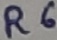
Text: R6